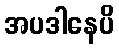
အပဒါနေပိ